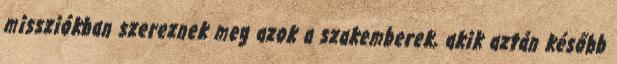
missziókban szereznek meg azok a szakemberek, akik aztán később